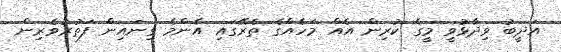
އަދީބު ވިދާޅުވީ މީގެ ކުރިން އެއް މަހެއްގެ ތެރޭގައި އެންމެ ގިނައިން ފަތުރުވެރިން